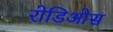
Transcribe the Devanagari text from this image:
रोडिओस